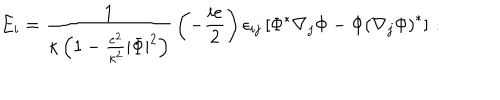
E _ { i } = { \frac { 1 } { \kappa \left( 1 - { \frac { e ^ { 2 } } { \kappa ^ { 2 } } } | \Phi | ^ { 2 } \right) } } \left( - { \frac { i e } { 2 } } \right) \epsilon _ { i j } \left[ \Phi ^ { \ast } \nabla _ { j } \Phi - \Phi \left( \nabla _ { j } \Phi \right) ^ { \ast } \right] \, .